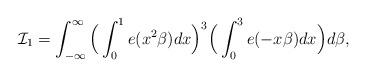
LaTeX: \begin{align*}\mathcal{I}_1=\int_{-\infty}^{\infty}\Big(\int_0^1e(x^2\beta)dx\Big)^3\Big(\int_0^3e(-x\beta)dx\Big)d\beta,\end{align*}